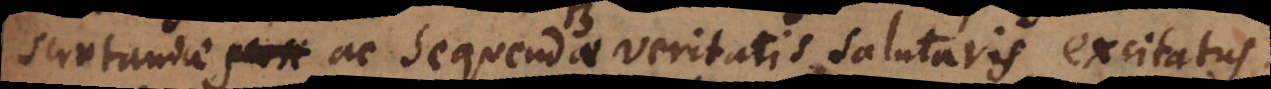
scrutandae ac sequendae veritatis salutaris, excitatus,